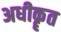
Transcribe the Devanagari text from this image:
अधीकॄत